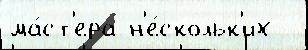
ма́ст'ера н'е́скольк'их